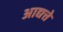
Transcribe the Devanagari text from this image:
आद्यत्ते